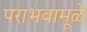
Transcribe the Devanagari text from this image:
पराभवामूळे